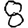
Digit: 8